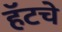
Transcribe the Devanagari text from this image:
हॅटचे